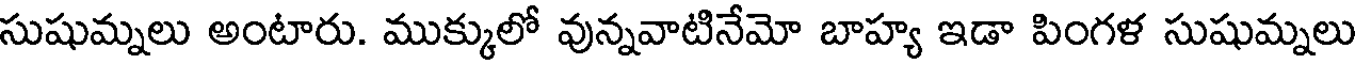
సుషుమ్నలు అంటారు. ముక్కులో వున్నవాటినేమో బాహ్య ఇడా పింగళ సుషుమ్నలు